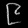
Digit: ၉